Report on vaccination in Madras 1895-1903 - 1895-1903
Year: 1895
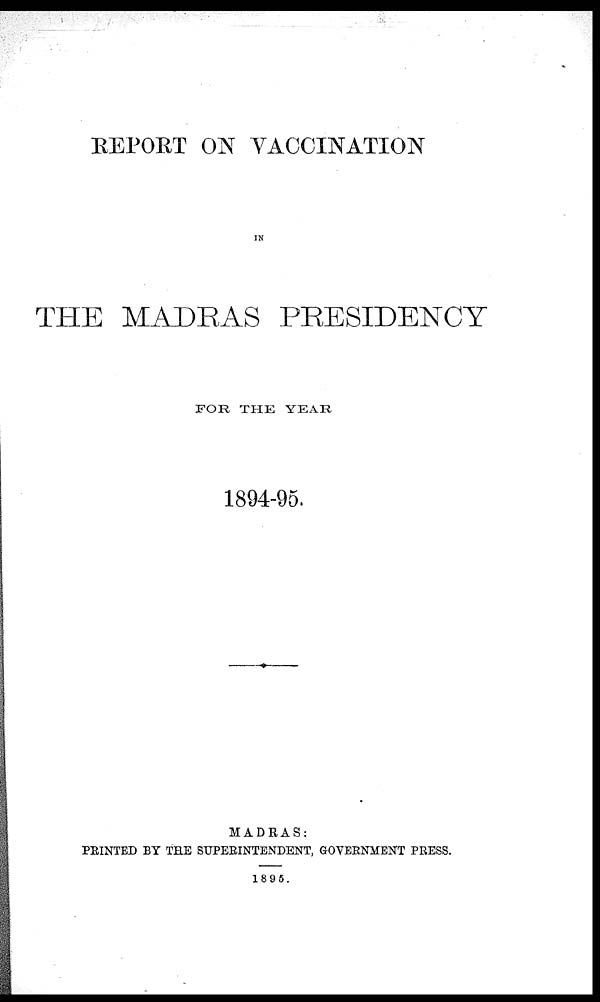
REPORT ON VACCINATION
IN
THE MADRAS PRESIDENCY
FOR THE YEAR
1894-95.
MADRAS:
PRINTED BY THE SUPERINTENDENT, GOVERNMENT PRESS.
1895.